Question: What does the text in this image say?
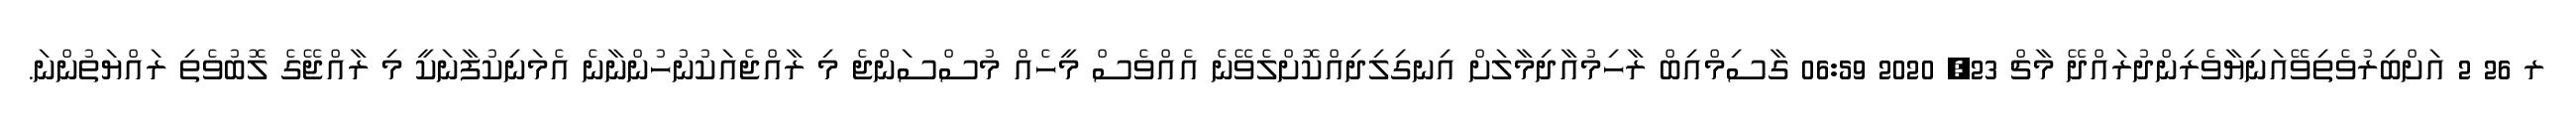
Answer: ރ 26 2 އަށްބިރުވެތިވޭއަނިޔާވެރިންދުރައްދޭ މާޗް 23, 2020 06:59 ގާސިމްއިބް ރާހިމުއާދިމާލަށް އިނގިލިދިއްކޮށްލެވޭނެ އެއްވެސް މީހެއް މުސްސަންޖެ މި ރާއްޖެއަކުނުހުންނާނެ އެމަނިކުފާނަކީ މި ރާއްޖޭގެ ލޮބުވެތި ރައްޔަތުންނަ.